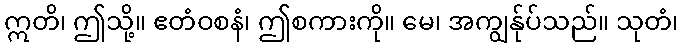
ဣတိ၊ ဤသို့။ ဧတံဝစနံ၊ ဤစကားကို။ မေ၊ အကျွန်ုပ်သည်။ သုတံ၊